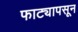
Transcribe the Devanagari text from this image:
फाट्यापसून